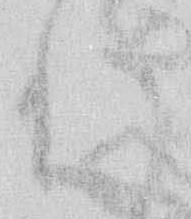
れ